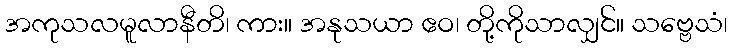
အကုသလမူလာနီတိ၊ ကား။ အနုသယာ ဧဝ၊ တို့ကိုသာလျှင်။ သဗ္ဗေသံ၊